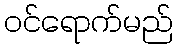
ဝင်ရောက်မည်